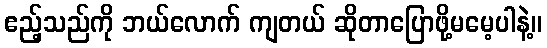
ဧည့်သည်ကို ဘယ်လောက် ကျတယ် ဆိုတာပြောဖို့မမေ့ပါနဲ့။